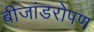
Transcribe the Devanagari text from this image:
बीजांडरोपण